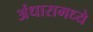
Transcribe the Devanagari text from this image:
अंधारामध्ये